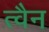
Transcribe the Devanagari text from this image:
त्वैन